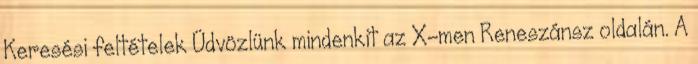
Keresési feltételek Üdvözlünk mindenkit az X-men Reneszánsz oldalán. A